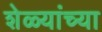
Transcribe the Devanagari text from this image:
शेळ्यांच्या